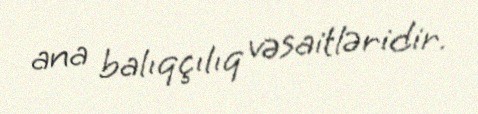
ana balıqçılıq vəsaitləridir.